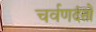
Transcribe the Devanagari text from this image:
चर्वणदंतों